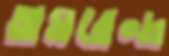
অমরেন্দ্র